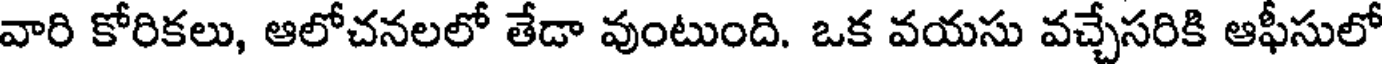
వారి కోరికలు, ఆలోచనలలో తేడా వుంటుంది. ఒక వయసు వచ్చేసరికి ఆఫీసులో